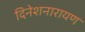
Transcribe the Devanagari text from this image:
दिनेशनारायण